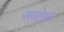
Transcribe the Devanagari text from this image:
अग्रलेख।